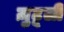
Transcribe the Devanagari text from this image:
ज़ुटूली